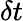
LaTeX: \delta t